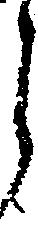
ら